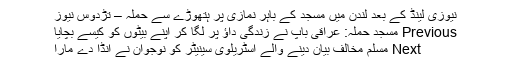
نیوزی لینڈ کے بعد لندن میں مسجد کے باہر نمازی پر ہتھوڑے سے حملہ – تڑدوس نیوز
Previous مسجد حملہ: عراقی باپ نے زندگی داؤ پر لگا کر اپنے بیٹوں کو کیسے بچایا
Next مسلم مخالف بیان دینے والے آسٹریلوی سینیٹر کو نوجوان نے انڈا دے مارا